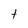
Character: t